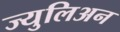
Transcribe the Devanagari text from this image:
ज्युलिअन